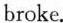
broke.